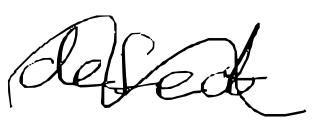
Text: defect
Cross-out: wave
Writing tool: digital_black